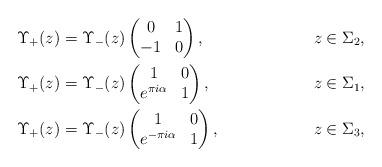
LaTeX: \begin{align*}&\Upsilon_{+}(z) = \Upsilon_{-}(z) \begin{pmatrix}0&1\\-1&0\end{pmatrix}, &z\in \Sigma_{2},\\&\Upsilon_{+}(z) = \Upsilon_{-}(z) \begin{pmatrix}1 & 0 \\ e^{\pi i \alpha} & 1\end{pmatrix}, & z\in \Sigma_{1},\\&\Upsilon_{+}(z) = \Upsilon_{-}(z) \begin{pmatrix}1 & 0 \\ e^{-\pi i \alpha} & 1\end{pmatrix}, & z\in \Sigma_{3},\end{align*}